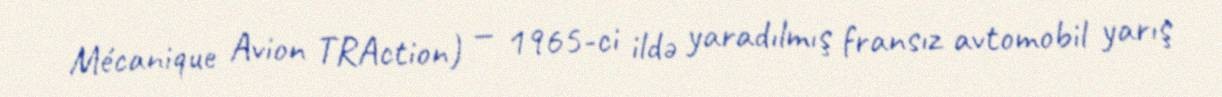
Mécanique Avion TRAction) — 1965-ci ildə yaradılmış fransız avtomobil yarış